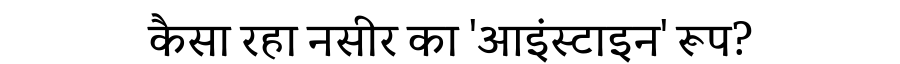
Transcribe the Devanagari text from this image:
कैसा रहा नसीर का 'आइंस्टाइन' रूप?